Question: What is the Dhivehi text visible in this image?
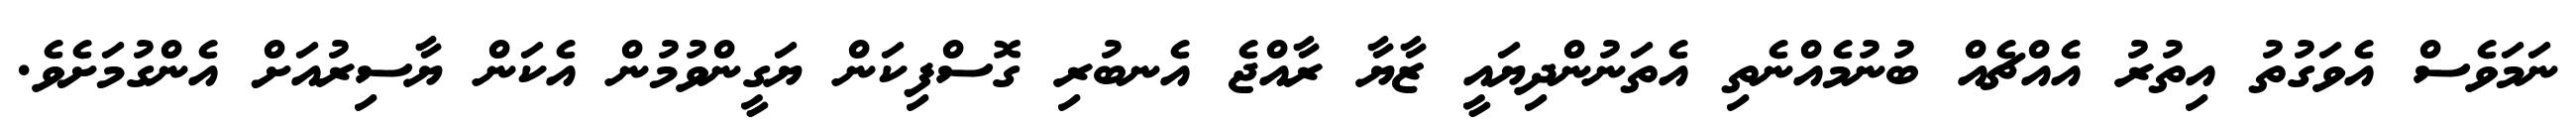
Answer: ނަމަވެސް އެވަގުތު އިތުރު އެއްޗެއް ބުނުމެއްނެތި އެތަނުންދިޔައީ ޒާޔާ ރާއްޖެ އެނބުރި ގޮސްފިކަން ޔަގީންވުމުން އެކަން ޔާސިރުއަށް އެންގުމަށެވެ.